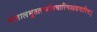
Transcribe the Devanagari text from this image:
पातालभूतलव्योमचारिणश्छद्मचारिणः।